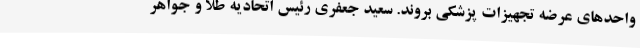
واحدهای عرضه تجهیزات پزشکی بروند. سعید جعفری رئیس اتحادیه طلا و جواهر